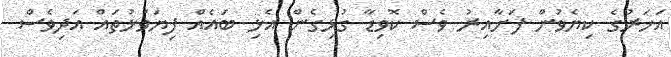
އަހަރުގެ ކިޔެވުން ފަށާއިރު ވެސް ކޮވިޑާ ގުޅިގެން އެޅި ބައެއް ފިޔަވަޅުތައް އަދިވެސް